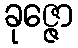
ခုဇ္ဇော